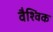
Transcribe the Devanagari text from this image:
वैश्विक